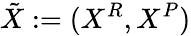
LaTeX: \tilde{X}:=(X^{R},X^{P})